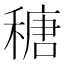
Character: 䅯